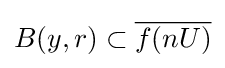
B(y,r)\subset {\overline {f(nU)}}